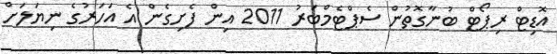
އޮޑިޓް ރިޕޯޓް ބުނާގޮތުން ސެޕްޓެމްބަރު 2011 އިން ފެށިގެން އެ އަހަރުގެ ނިޔަލަށް